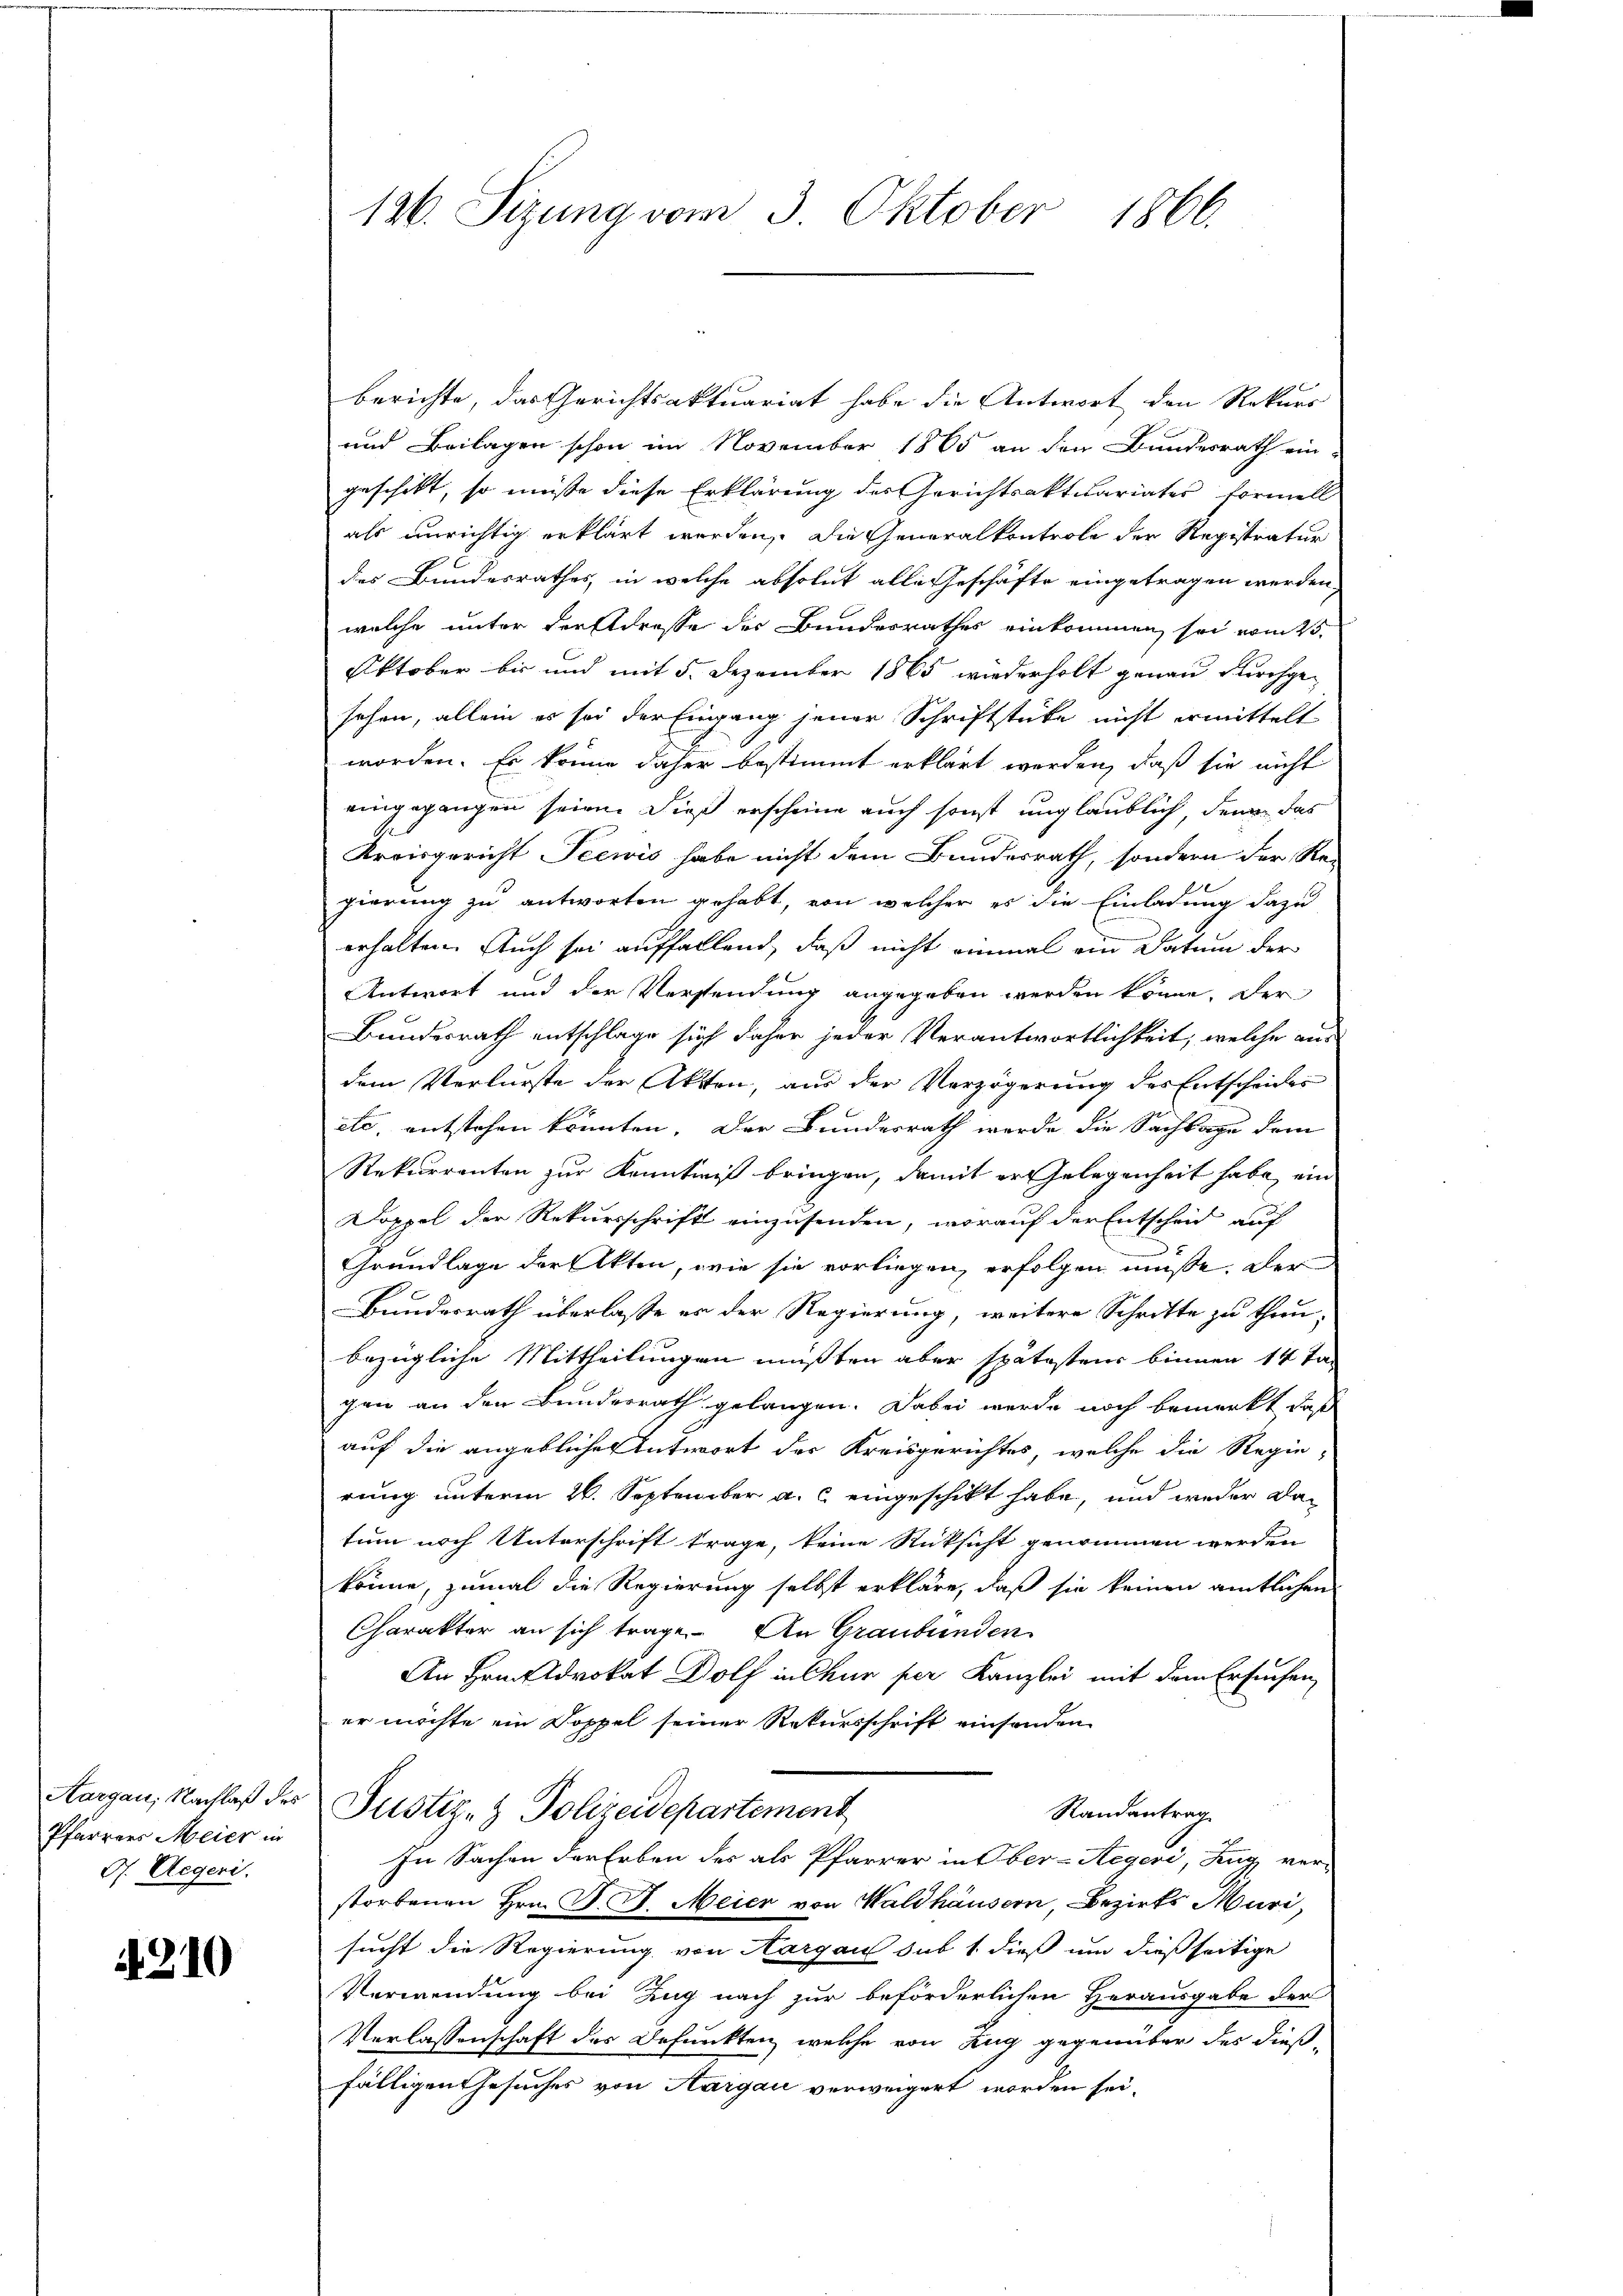
Aargau, Nachlaß des
Pfarrers Meier in
O. Aegeri.

210

126. Sizung vom 3. Oktober 1866.

berichte, das Gerichtsaktuariat habe die Antwort den Rekurs
und Beilagen schon im November 1865 an den Bundesrath ein-
geschikt, so müsse diese Erklärung des Gerichtsaktuariates formell
als unrichtig erklärt werden, die Generalkontrole der Registratur
des Bundesrathes, in welche absolut alle Geschäfte eingetragen werden,
welche unter der Adresse der Bundesrathes einkommen, sei vom 25.
Oktober bis und mit 5. Dezember 1865 wiederholt genau Kirchgesehen, allein es sei der Eingang jener Schriftstücke nicht ermittelt
worden. Es könne daher bestimmt erklärt werden, daß sie nicht
eingegangen seien. Dieß erscheine auch sonst unglaublich, den das
Kreisgericht Seewis habe nicht dem Bundesrath, sondern der Re-
gierung zu antworten gehabt, von welcher es die Einladung dazu
erhalten. Auch sei auffallend, daß nicht einmal ein Datum der
Antwort und der Versendung angegeben werden könne. Der
Bundesrath entschlage sich daher jeder Verantwortlichkeit, welche aus
dem Verlurste der Akten, aus der Verzögerung des Entscheides
etc. entstehen könnten. Der Bundesrath werde die Sachlage dem
Rekurrenten zur Kenntniß bringen, damit er Gelegenheit habe, ein
Doppel der Rekursschrift einzusenden, worauf der Entscheid auf
Grundlage der Akten, wie sie vorliegen, erfolgen müsse. Der
Bundesrath überlaße er der Regierung, weitere Schritte zu thunbezügliche Mittheilungen müßten aber spätestens binnen 14 Tagen an den Bunderrath gelangen. Dabei werde noch bemerkt, daß
auf die angebliche Antwort der Kreisgerichtes, welche die Regie-
reuig unterm 26. September a. c. eingeschickt habe, und weder datum noch Unterschrift trage, keine Rücksicht genommen werden
könne, zumal die Regierung selbst erkläre, daß sie keinen amtlichen
Charakter an sich trage. An Graubünden
An Friedvokat Dolf in Chur per Kanzlei mit dem Ersuchen
er möchte ein Doppel seiner Rekursschrift einsenden
Justiz- & Polizeidepartement
Randantrag
In Sachen der Erben des als Pfarrer in Ober-Aegeri, Zug ver-
storbenen Hrn. J. J. Meier von Waldhäusern, Bezirks Muri,
sucht die Regierung von Aargau sub 1. dieß um dießseitige
Verwendung bei Zug nach zur beförderlichen Herausgabe der
Verlassenschaft des Befunkten, welche von Zug gegenüber des dießfälligen Gesuches von Aargau verweigert worden sei.